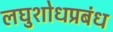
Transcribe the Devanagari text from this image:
लघुशोधप्रबंध